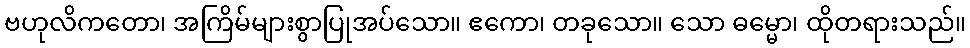
ဗဟုလိကတော၊ အကြိမ်များစွာပြုအပ်သော။ ဧကော၊ တခုသော။ သော ဓမ္မော၊ ထိုတရားသည်။